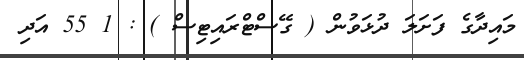
މައިދާގެ ފަށަލަ ދުޅަވުން ( ގޭސްޓްރައިޓިސް ) : 1 55 އަދި